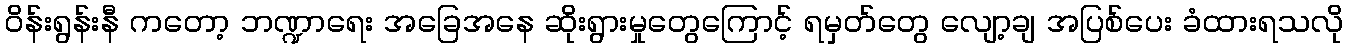
ဝိန်းရွန်းနီ ကတော့ ဘဏ္ဍာရေး အခြေအနေ ဆိုးရွားမှုတွေကြောင့် ရမှတ်တွေ လျော့ချ အပြစ်ပေး ခံထားရသလို